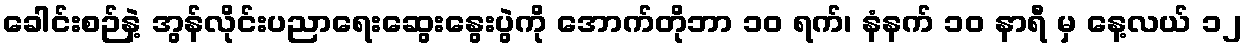
ခေါင်းစဉ်နဲ့ အွန်လိုင်းပညာရေးဆွေးနွေးပွဲကို အောက်တိုဘာ ၁၀ ရက်၊ နံနက် ၁၀ နာရီ မှ နေ့လယ် ၁၂